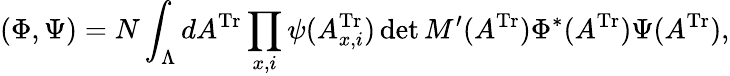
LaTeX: (\Phi,\Psi)=N\int_{\Lambda}dA^{\mathrm{Tr}}\prod_{x,i}\psi(A_{x,i}^{\mathrm{Tr}})\operatorname*{det}M^{\prime}(A^{\mathrm{Tr}})\Phi^{*}(A^{\mathrm{Tr}})\Psi(A^{\mathrm{Tr}}),